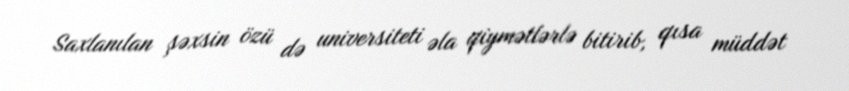
Saxlanılan şəxsin özü də universiteti əla qiymətlərlə bitirib, qısa müddət